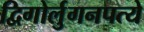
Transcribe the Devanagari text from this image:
द्विगोर्लुगनपत्ये